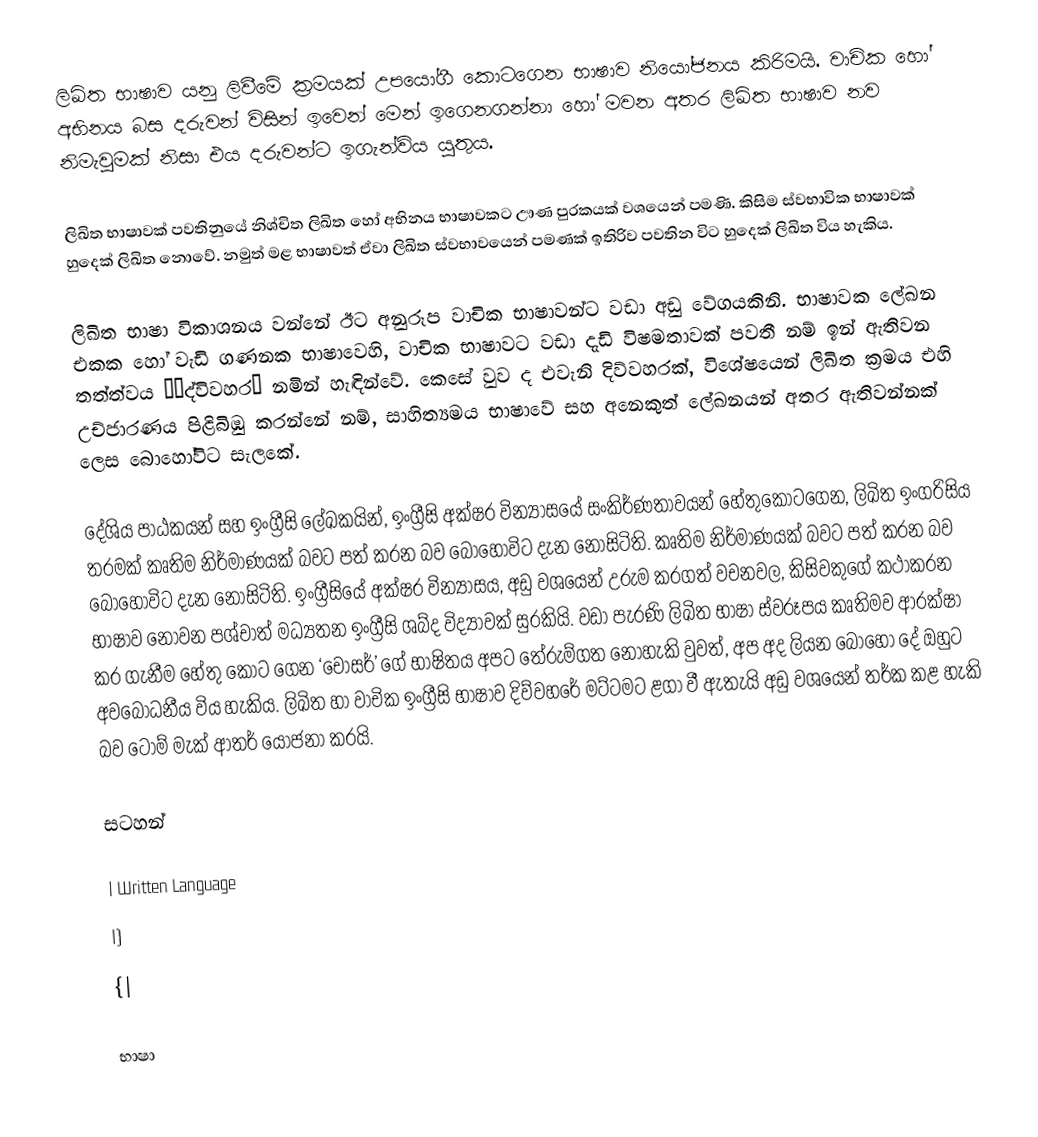
ලිඛිත භාෂාව යනු ලිවීමේ ක්‍රමයක් උපයෝගී කොටගෙන භාෂාව නියෝජනය කිරිමයි. වාචික හෝ අභිනය බස දරුවන් විසින් ඉවෙන් මෙන් ඉගෙනගන්නා හෝ මවන අතර ලිඛිත භාෂාව නව නිමැවුමක් නිසා එය දරුවන්ට ඉගැන්විය යුතුය.

ලිඛිත භාෂාවක් පවතිනුයේ නිශ්චිත ලිඛිත හෝ අභිනය භාෂාවකට ඌණ පුරකයක් වශයෙන් පමණි. කිසිම ස්වභාවික භාෂාවක් හුදෙක් ලිඛිත නොවේ. නමුත් මළ භාෂාවත් ඒවා ලිඛිත ස්වභාවයෙන් පමණක් ඉතිරිව පවතින විට හුදෙක් ලිඛිත විය හැකිය.

ලිඛිත භාෂා විකාශනය වන්නේ ඊට අනුරූප වාචික භාෂාවන්ට වඩා අඩු වේගයකිනි. භාෂාවක ලේඛන එකක හෝ වැඩි ගණනක භාෂාවෙහි, වාචික භාෂාවට වඩා දැඩි විෂමතාවක් පවතී නම් ඉන් ඇතිවන තත්ත්වය ‘‘ද්විවහර’ නමින් හැඳින්වේ. කෙසේ වුව ද එවැනි දිව්වහරක්, විශේෂයෙන් ලිඛිත ක්‍රමය එහි උච්ජාරණය  පිළිබිඹු කරන්නේ නම්, සාහිත්‍යමය භාෂාවේ සහ අනෙකුත් ලේඛනයන් අතර ඇතිවන්නක් ලෙස බොහෝවිට සැලකේ.

දේශිය පාඨකයන් සහ ඉංග්‍රීසි ලේඛකයින්, ඉංග්‍රීසි අක්ෂර වින්‍යාසයේ සංකිර්ණතාවයන් හේතුකොටගෙන, ලිඛිත ඉංග‍්‍රිසිය තරමක් කෘතිම නිර්මාණයක් බවට පත් කරන බව බොහෝවිට දැන නොසිටිති. කෘතිම නිර්මාණයක් බවට පත් කරන බව බොහෝවිට දැන නොසිටිති. ඉංග්‍රීසියේ අක්ෂර වින්‍යාසය, අඩු වශයෙන් උරුම කරගත් වචනවල, කිසිවකුගේ කථාකරන භාෂාව නොවන පශ්චාත් මධ්‍යතන ඉංග්‍රීසි ශබ්ද විද්‍යාවක් සුරකියි. වඩා පැරණි ලිඛිත භාෂා ස්වරූපය කෘතිමව ආරක්ෂා කර ගැනීම හේතු කොට ගෙන ‘චෝසර්’ ගේ භාෂිතය අපට තේරුම්ගත නොහැකි වුවත්, අප අද ලියන බොහෝ දේ ඔහුට අවබෝධනීය විය හැකිය. ලිඛිත හා වාචික ඉංග්‍රීසි භාෂාව දිව්වහරේ මට්ටමට ළගා වී ඇතැයි අඩු වශයෙන් තර්ක කළ හැකි බව ටෝම් මැක් ආතර් යෝජනා කරයි.

සටහන්

| Written Language
|}
{|

භාෂා